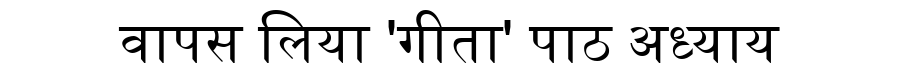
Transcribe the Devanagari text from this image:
वापस लिया 'गीता' पाठ अध्याय